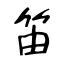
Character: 笛